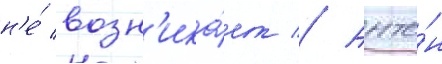
н'е́ возн'ика́ет // Анто́н